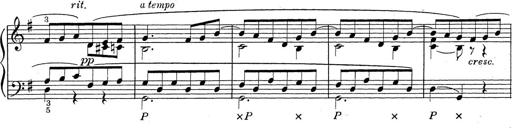
Title: ÄŒeskÃ© Sonatiny
Composer: Various